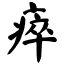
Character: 瘁